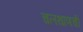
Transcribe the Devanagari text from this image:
चलथाणची